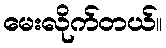
မေးလိုက်တယ်။